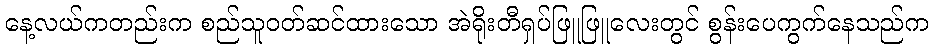
နေ့လယ်ကတည်းက စည်သူဝတ်ဆင်ထားသော အဲရိုးတီရှပ်ဖြူဖြူလေးတွင် စွန်းပေကွက်နေသည်က